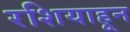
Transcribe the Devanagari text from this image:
रशियाहून